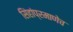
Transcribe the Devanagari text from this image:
सिंहांप्रमाणेच